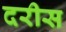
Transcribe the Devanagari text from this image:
दरीस